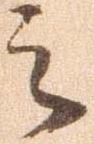
之